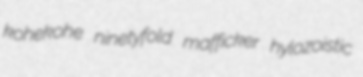
kohekohe ninetyfold mafficker hylozoistic